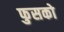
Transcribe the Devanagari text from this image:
फुसको